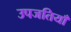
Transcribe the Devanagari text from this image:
उपजतियाँ